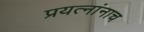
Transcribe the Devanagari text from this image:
प्रयत्नांनाच